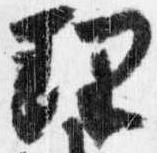
理